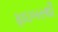
ફાઇબરથી